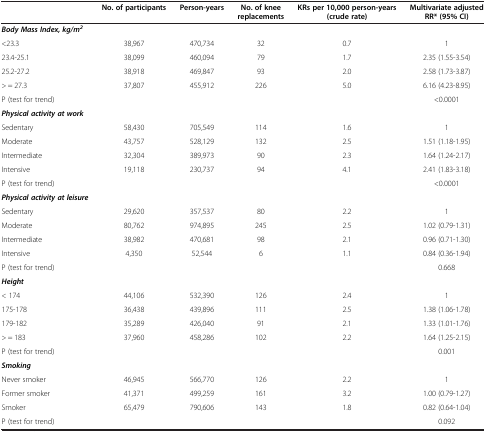
<table><thead><tr><td><b> </b></td><td><b>No. of participants</b></td><td><b>Person-years</b></td><td><b>No. of knee replacements</b></td><td><b>KRs per 10,000 person-years (crude rate)</b></td><td><b>Multivariate adjusted RR* (95% CI)</b></td></tr></thead><tbody><tr><td><b><i>Body Mass Index, kg/m</i></b><sup><b><i>2</i></b></sup></td><td colspan="5"> </td></tr><tr><td>&lt;23.3</td><td>38,967</td><td>470,734</td><td>32</td><td>0.7</td><td>1</td></tr><tr><td>23.4-25.1</td><td>38,099</td><td>460,094</td><td>79</td><td>1.7</td><td>2.35 (1.55-3.54)</td></tr><tr><td>25.2-27.2</td><td>38,918</td><td>469,847</td><td>93</td><td>2.0</td><td>2.58 (1.73-3.87)</td></tr><tr><td>&gt; = 27.3</td><td>37,807</td><td>455,912</td><td>226</td><td>5.0</td><td>6.16 (4.23-8.95)</td></tr><tr><td>P (test for trend)</td><td> </td><td> </td><td> </td><td> </td><td>&lt;0.0001</td></tr><tr><td><b><i>Physical activity at work</i></b></td><td colspan="5"> </td></tr><tr><td>Sedentary</td><td>58,430</td><td>705,549</td><td>114</td><td>1.6</td><td>1</td></tr><tr><td>Moderate</td><td>43,757</td><td>528,129</td><td>132</td><td>2.5</td><td>1.51 (1.18-1.95)</td></tr><tr><td>Intermediate</td><td>32,304</td><td>389,973</td><td>90</td><td>2.3</td><td>1.64 (1.24-2.17)</td></tr><tr><td>Intensive</td><td>19,118</td><td>230,737</td><td>94</td><td>4.1</td><td>2.41 (1.83-3.18)</td></tr><tr><td>P (test for trend)</td><td> </td><td> </td><td> </td><td> </td><td>&lt;0.0001</td></tr><tr><td><b><i>Physical activity at leisure</i></b></td><td colspan="5"> </td></tr><tr><td>Sedentary</td><td>29,620</td><td>357,537</td><td>80</td><td>2.2</td><td>1</td></tr><tr><td>Moderate</td><td>80,762</td><td>974,895</td><td>245</td><td>2.5</td><td>1.02 (0.79-1.31)</td></tr><tr><td>Intermediate</td><td>38,982</td><td>470,681</td><td>98</td><td>2.1</td><td>0.96 (0.71-1.30)</td></tr><tr><td>Intensive</td><td>4,350</td><td>52,544</td><td>6</td><td>1.1</td><td>0.84 (0.36-1.94)</td></tr><tr><td>P (test for trend)</td><td> </td><td> </td><td> </td><td> </td><td>0.668</td></tr><tr><td><b><i>Height</i></b></td><td colspan="5"> </td></tr><tr><td>&lt; 174</td><td>44,106</td><td>532,390</td><td>126</td><td>2.4</td><td>1</td></tr><tr><td>175-178</td><td>36,438</td><td>439,896</td><td>111</td><td>2.5</td><td>1.38 (1.06-1.78)</td></tr><tr><td>179-182</td><td>35,289</td><td>426,040</td><td>91</td><td>2.1</td><td>1.33 (1.01-1.76)</td></tr><tr><td>&gt; = 183</td><td>37,960</td><td>458,286</td><td>102</td><td>2.2</td><td>1.64 (1.25-2.15)</td></tr><tr><td>P (test for trend)</td><td> </td><td> </td><td> </td><td> </td><td>0.001</td></tr><tr><td><b><i>Smoking</i></b></td><td colspan="5"> </td></tr><tr><td>Never smoker</td><td>46,945</td><td>566,770</td><td>126</td><td>2.2</td><td>1</td></tr><tr><td>Former smoker</td><td>41,371</td><td>499,259</td><td>161</td><td>3.2</td><td>1.00 (0.79-1.27)</td></tr><tr><td>Smoker</td><td>65,479</td><td>790,606</td><td>143</td><td>1.8</td><td>0.82 (0.64-1.04)</td></tr><tr><td>P (test for trend)</td><td> </td><td> </td><td> </td><td> </td><td>0.092</td></tr></tbody></table>